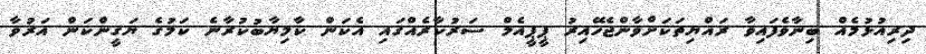
ދިރިއުޅުމެއް ބިނާވެފައިވާ ރައްޔިތަކަށްވާންޖެހޭއިރު ޕީޕީއެމް ސަރުކާރެއްގައި އެކަން ކާމިޔާބުކުރާނެ ކަމުގެ ޔަގީންކަން އަރުވާ